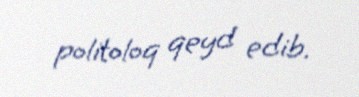
politoloq qeyd edib.